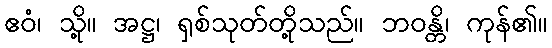
ဧဝံ၊ သို့။ အဋ္ဌ၊ ရှစ်သုတ်တို့သည်။ ဘဝန္တိ၊ ကုန်၏။